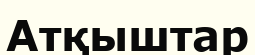
Атқыштар